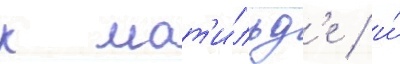
к мат'и́льд'е / и́